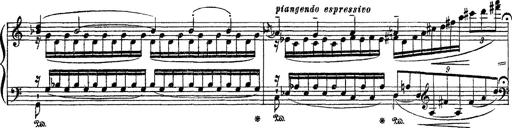
Title: Apparitions
Composer: Franz Liszt